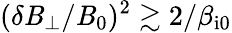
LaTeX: (\delta\mathit{B}_{\perp}/\mathit{B}_{0})^{2}\gtrsim2/\beta_{\mathrm{{i0}}}